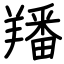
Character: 羳